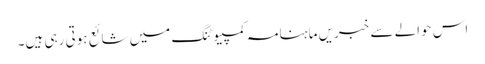
اس حوالے سے خبریں ماہنامہ کمپیوٹنگ میں شائع ہوتی رہی ہیں۔